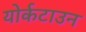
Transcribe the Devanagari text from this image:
योर्कटाउन